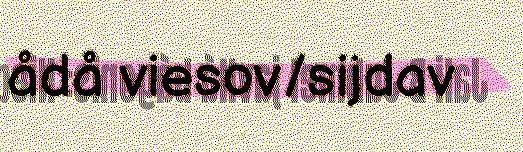
ådå viesov/sijdav